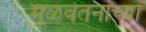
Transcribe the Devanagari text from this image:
मूळवेतनाच्या